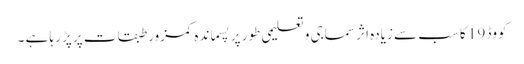
کووڈ 19 کا سب سے زیادہ اثر سماجی و تعلیمی طور پر پسماندہ کمزور طبقات پر پڑ رہا ہے ۔